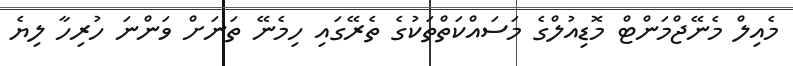
މެއިލް މެނޭޖްމަންޓް މޮޑިއުލްގެ މަސައްކަތްތަކުގެ ތެރޭގައި ހިމެނޭ ތަނަށް ވަންނަ ހުރިހާ ލިޔެ